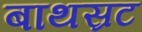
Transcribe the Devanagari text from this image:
बाथस्रट